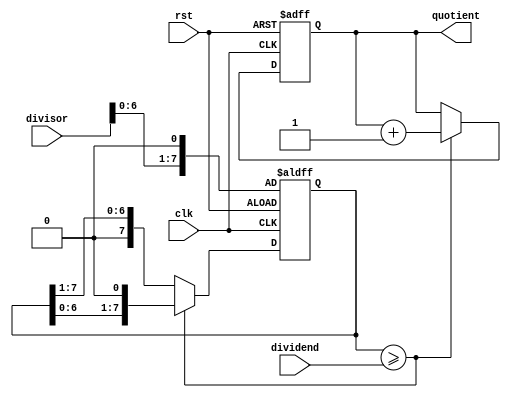
module shift_and_subtract_divider (
  input wire clk,
  input wire rst,
  input wire [7:0] dividend,
  input wire [7:0] divisor,
  output reg [7:0] quotient
);

reg [7:0] remainder;
reg [7:0] shifted_divisor;

always @ (posedge clk or posedge rst) begin
  if (rst) begin
    quotient <= 8'b0;
    remainder <= 8'b0;
    shifted_divisor <= divisor << 1;
  end else begin
    if (shifted_divisor >= dividend) begin
      quotient <= quotient + 1;
      remainder <= dividend - shifted_divisor;
      shifted_divisor <= shifted_divisor << 1;
    end else begin
      shifted_divisor <= shifted_divisor >> 1;
    end
  end
end

endmodule